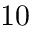
1 0